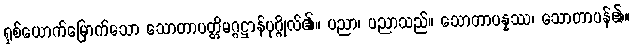
ရှစ်ယောက်မြောက်သော သောတာပတ္တိမဂ္ဂဋ္ဌာန်ပုဂ္ဂိုလ်၏။ ပညာ၊ ပညာသည်။ သောတာပန္နဿ၊ သောတာပန်၏။